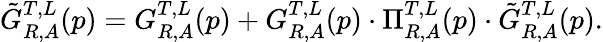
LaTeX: \tilde{G}_{R,A}^{T,L}(p)=G_{R,A}^{T,L}(p)+G_{R,A}^{T,L}(p)\cdot\Pi_{R,A}^{T,L}(p)\cdot\tilde{G}_{R,A}^{T,L}(p).